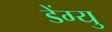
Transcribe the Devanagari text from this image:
डेंग्यु